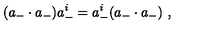
( a _ { - } \cdot a _ { - } ) a _ { - } ^ { i } = a _ { - } ^ { i } ( a _ { - } \cdot a _ { - } ) \ ,